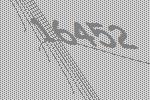
16452